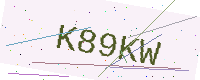
Text: K89KW